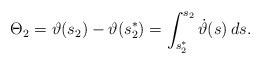
LaTeX: \begin{align*}\Theta_2=\vartheta(s_2)-\vartheta(s_2^*)=\int_{s_2^*}^{s_2}\dot\vartheta(s)\,ds.\end{align*}